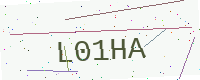
Text: L01HA